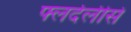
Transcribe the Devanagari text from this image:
फ्लर्देलीसे